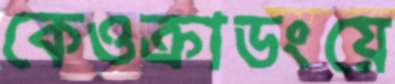
কেওক্রাডংয়ে